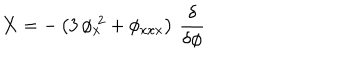
{ \bf X } = - \left( 3 \, \phi _ { x } ^ { \; 2 } + \phi _ { x x x } \right) \, \frac { \delta } { \delta \phi }